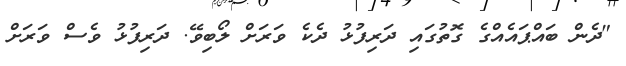
"ދެން ބައްޕައެއްގެ ގޮތުގައި ދަރިފުޅު ދެކެ ވަރަށް ލޯބިވޭ. ދަރިފުޅު ވެސް ވަރަށް